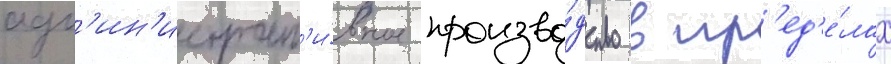
адм'ин'истрат'и́вное произво́дство в пр'ед'е́лах